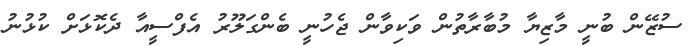
ސުޒޭން ބުނީ މާޒިޔާ މުބާރާތުން ވަކިވާން ޖެހުނީ ބެންގަލޫރު އެފްސީއާ ދެކޮޅަށް ކުޅުނު